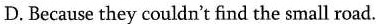
D.Because they couldn't find the small road.